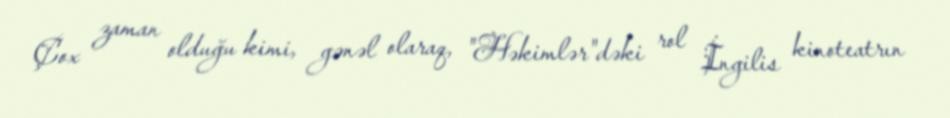
Çox zaman olduğu kimi, gənəl olaraq, "Həkimlər"dəki rol İngilis kinoteatrın